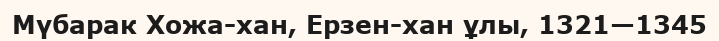
Мүбарак Хожа-хан, Ерзен-хан ұлы, 1321—1345